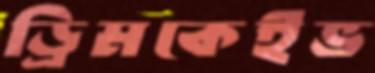
ড্রিমকেইভ